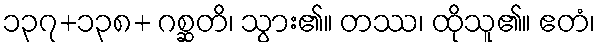
၁၃၇+၁၃၈+ ဂစ္ဆတိ၊ သွား၏။ တဿ၊ ထိုသူ၏။ ဧတံ၊